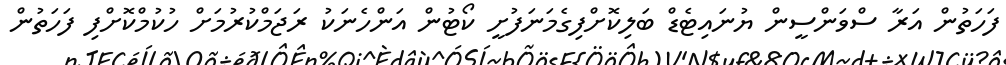
ފަހަތުން އަރާ ސްވަންސީން ޔުނައިޓެޑް ބަލިކޮށްފިގެމަނަފުށީ ކޯޓުން އަންހެނަކު ރަޖަމްކުރުމަށް ހުކުމްކޮށްފި ފަހަތުން